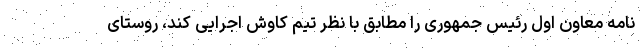
نامه معاون اول رئیس جمهوری را مطابق با نظر تیم کاوش اجرایی کند، روستای